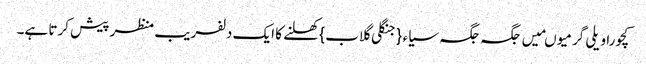
کچورا ویلی گرمیو ںمیں جگہ جگہ سیاء{جنگلی گلاب} کھلنے کا ایک دلفریب منظر پیش کرتا ہے۔